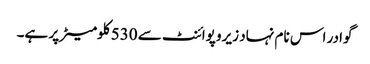
گوادر اس نام نہاد زیرو پوائنٹ سے 530 کلومیٹر پر ہے۔